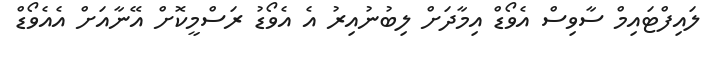
ލައިފްޓައިމް ސާވިސް އެވޯޑް އިމާދަށް ލިބުނުއިރު އެ އެވޯޑު ރަސްމީކޮށް އޭނާއަށް އެއެވޯޑް